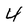
Character: 4